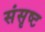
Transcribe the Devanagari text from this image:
संसृष्ट